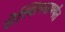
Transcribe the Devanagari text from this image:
सेल्शियसपर्यंत